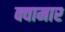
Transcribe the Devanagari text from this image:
क्वामार